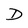
Character: D